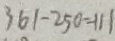
3 6 1 - 2 5 0 = 1 1 1